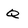
Character: q